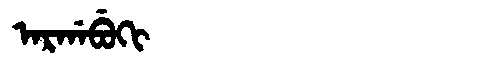
Manchu: ᠠᡵᡤᠠᠪᡠᡴᡳ
Romanization: ARGABUKI